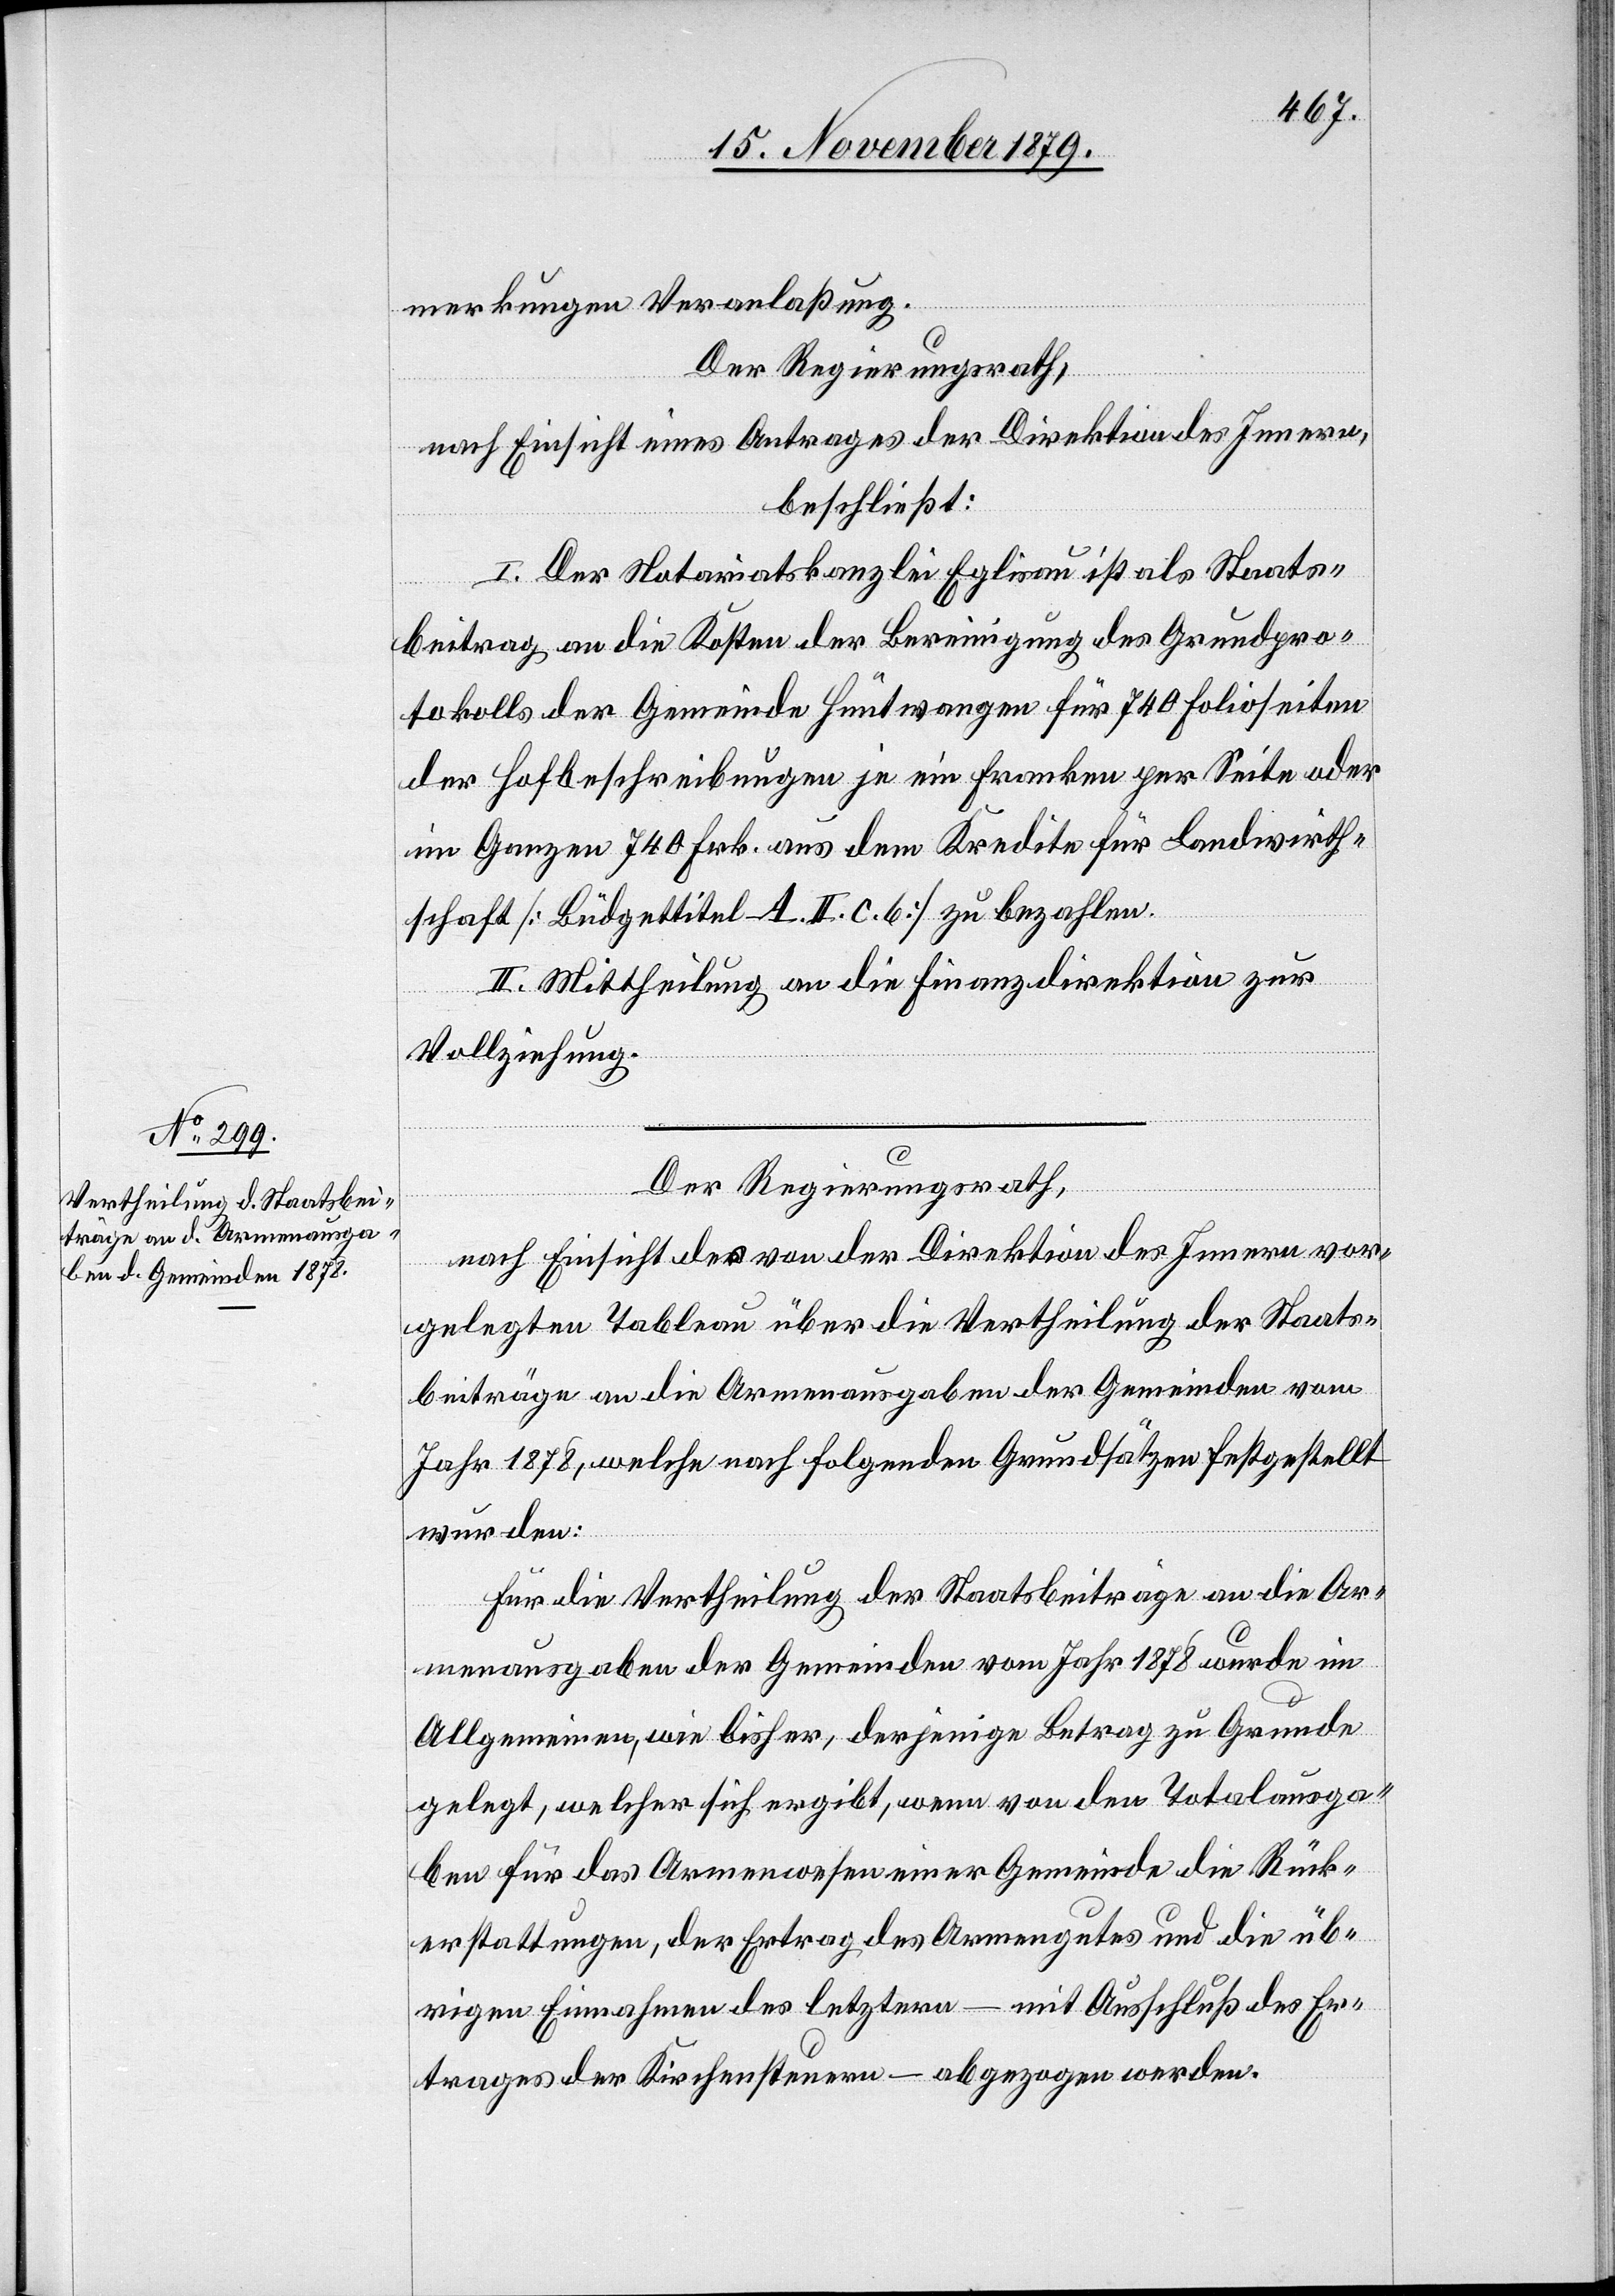
merkungen Veranlaßung.
Der Regierungsrath,
nach Einsicht eines Antrages der Direktion des Innern,
beschließt:
I. Der Notariatskanzlei Eglisau ist als Staats¬
beitrag an die Kosten der Bereinigung des Grundpro¬
tokolls der Gemeinde Hüntwangen für 740 Folioseiten
der Hofbeschreibungen je ein Franken per Seite oder
im Ganzen 740 Frk. aus dem Kredite für Landwirth¬
schaft [Büdgettitel A. II. C. 6] zu bezahlen.
II. Mittheilung an die Finanzdirektion zur
Vollziehung.
Der Regierungsrath,
nach Einsicht des von der Direktion des Innern vor¬
gelegten Tableau über die Vertheilung der Staats¬
beiträge an die Armenausgaben der Gemeinden vom
Jahr 1878, welche nach folgenden Grundsätzen festgestellt
wurden:
Für die Vertheilung der Staatsbeiträge an die Ar¬
menausgaben der Gemeinden vom Jahr 1878 wurde im
Allgemeinen, wie bisher, derjenige Betrag zu Grunde
gelegt, welcher sich ergibt, wenn von den Totalausga¬
ben für das Armenwesen einer Gemeinde die Rück¬
erstattungen, der Ertrag des Armengutes und die üb¬
rigen Einnahmen des letztern – mit Ausschluß des Er¬
trages der Kirchensteuern – abgezogen werden.